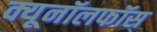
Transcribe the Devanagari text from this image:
क्यूनॉलफॉस